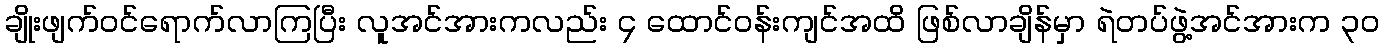
ချိုးဖျက်ဝင်ရောက်လာကြပြီး လူအင်အားကလည်း ၄ ထောင်ဝန်းကျင်အထိ ဖြစ်လာချိန်မှာ ရဲတပ်ဖွဲ့အင်အားက ၃၀